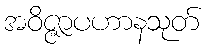
အဝိဇ္ဇာပဟာနသုတ်